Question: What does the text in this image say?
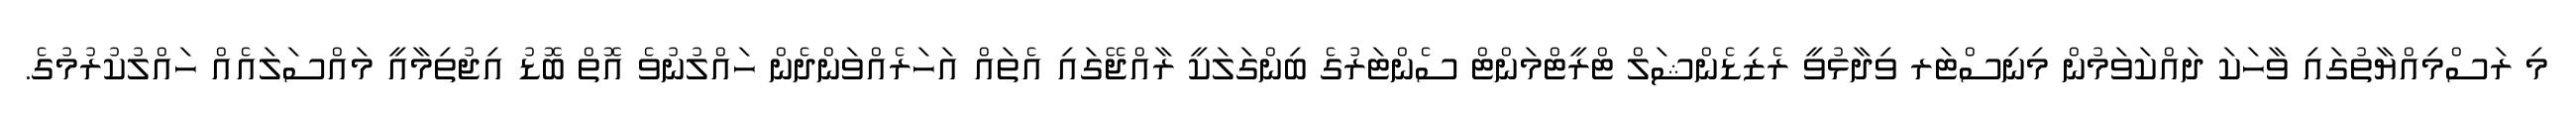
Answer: މި ރަސްމިއްޔާތުގައި ވާހަކަ ދައްކަވަމުން މިނިސްޓަރ ވިދާޅުވީ ރެޒިޑެންޝަލް ޓްރީޓްމަންޓް ސެންޓަރުގެ ބިންގަލަކީ ރާއްޖޭގައި އެތައް އަހަރެއްވަންދެން ހައްލުނުވެ އޮތް ބޮޑު އިޖުތިމާއީ މައްސަލައެއް ހައްލުކުރުމުގެ.